Annual administration report of the Civil Veterinary Department of India - 1893-1894
Year: 1893
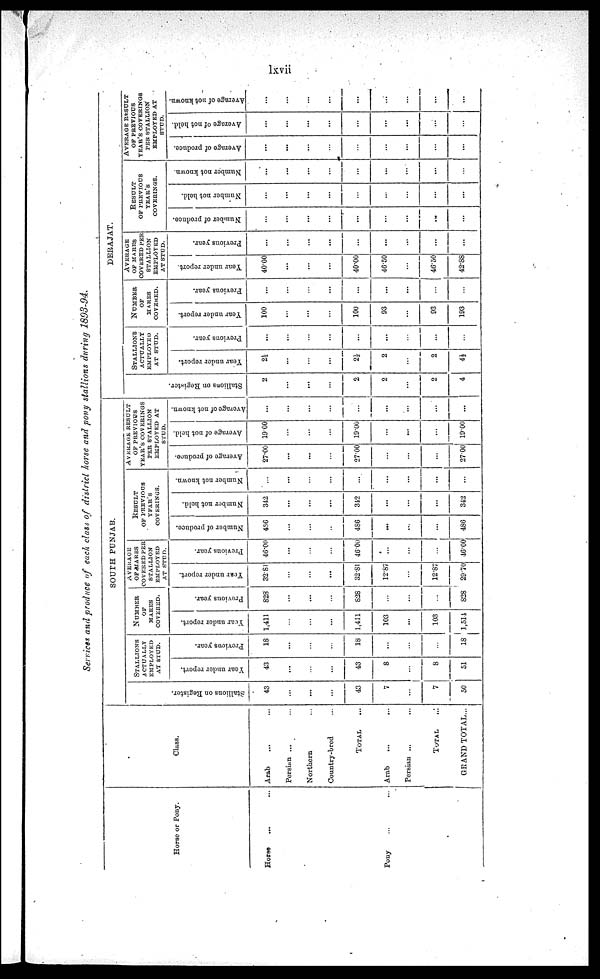
lxvii
Services and produce of each class of district horse and pony stallions during 1893-94.
Horse or Pony.
Horse ... ...
Pony ... ...
|
Class.
Arab ... ...
Porsian ... ...
Northern ...
Country-bred ...
Total ...
Arab
...
...
Persian ... ...
Total ...
GRAND TOTAL ...
SOUTH PUNJAB.
St al l
i
ons on Regi s t
er .
43
...
...
...
43
7
...
7
50
STALLIONS
ACTUALLY
EMPLOYED
AT STUD.
Year under report.
43
...
...
...
43
8
...
8
51
Previous year.
18
...
...
...
18
...
...
...
18
NUMBER
OF
MARES
COVERED.
Year under report.
1,411
...
...
...
1,411
103
...
103
1,514
Previous year.
828
...
...
...
828
...
...
...
828
AVERAGE
OF MARES
COVERED PER
STALLION
EMPLOYED
AT STUD.
Year under report.
32.81
...
...
...
32.81
12.87
...
12.87
2970
Previous year.
46.00
...
...
...
46-00
...
...
...
46.00
RESULT
OF PREVIOUS
YEAR'S
COVERINGS.
Number of produce.
486
...
...
...
486
...
...
...
486
Number not held.
342
...
...
...
342
...
...
...
342
Number not known.
...
...
...
...
...
...
...
...
...
AVERAGE RESULT
OF
PREVIOUS
YEAR'S COVERINGS
PER STALLION
EMPLOYED AT
STUD.
Ave r
a ge of produce.
27.00
...
...
...
27.00
...
...
...
27.00
Ave r
a ge of not held.
19.00
...
...
...
19.00
...
...
...
19.00
Average of not known.
...
...
...
...
...
...
...
...
...
DERAJAT.
St al l
i
ons on Regi st er .
2
...
...
...
2
2
...
2
4
STALLIONS
ACTUALLY
EMPLOYED
AT STUD.
Year under report.
2½
...
...
...
2½
2
...
2
4½
Previous year.
...
...
...
...
...
...
...
...
...
NUMBER
OF
MARES
COVERED.
Year under report.
100
...
...
...
100
93
...
93
193
Previous year.
...
...
...
...
...
...
...
...
...
AVERAGE
OF MARES
COVERED PER
STALLION
EMPLOYED
AT STUD.
Year under report.
40.00
...
...
...
40.00
46.50
...
46.50
42.88
Previous year.
...
...
...
...
...
...
...
...
...
RESULT
OF PREVIOUS
YEAR'S
COVERINGS.
Number of produce.
...
...
...
...
...
...
...
...
...
Number not hold.
...
...
...
...
...
...
...
...
...
Number not known.
...
...
...
...
...
...
...
...
...
AVERAGE RESULT
OF PREVIOUS
YEAR'S COVERINGS
PER STALLION
EMPLOYED AT
Average of produce.
...
...
...
...
...
...
...
...
...
Average of not held.
...
...
...
...
...
...
...
...
...
Average of not known.
...
...
...
...
...
...
...
...
...